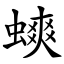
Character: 䗮